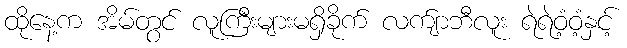
ထိုနေ့က အိမ်တွင် လူကြီးများမရှိခိုက် လက်ျာဘီလူး ရဲရဲဝံ့ဝံ့နှင့်